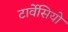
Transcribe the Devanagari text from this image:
टार्वेसियो